Insane asylums in Bengal annual reports 1876-1887 - 1876-1887
Year: 1876
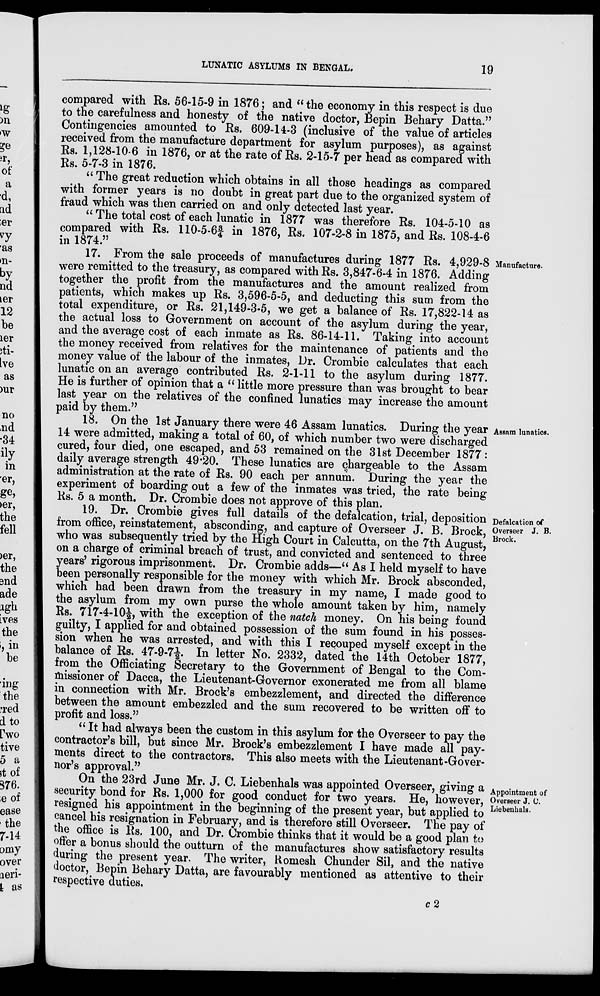
LUNATIC ASYLUMS IN BENGAL.
19
compared with Rs. 56-15-9 in 1876; and " the economy in this respect is due
to the carefulness and honesty of the native doctor, Bepin Behary Datta."
Contingencies amounted to Rs. 609-14-3 (inclusive of the value of articles
received from the manufacture department for asylum purposes), as against
Rs. 1,128-10-6 in 1876, or at the rate of Rs. 2-15-7 per head as compared with
Rs. 5-7-3 in 1876.
" The great reduction which obtains in all those headings as compared
with former years is no doubt in great part due to the organized system of
fraud which was then carried on and only detected last year.
" The total cost of each lunatic in 1877 was therefore Rs. 104-5-10 as
compared with Rs. 110-5-6¾ in 1876, Rs. 107-2-8 in 1875, and Rs. 108-4-6
in 1874."
Manufacture.
17. From the sale proceeds of manufactures during 1877 Rs. 4,929-8
were remitted to the treasury, as compared with Rs. 3,847-6-4 in 1876. Adding
together the profit from the manufactures and the amount realized from
patients, which makes up Rs. 3,596-5-5, and deducting this sum from the
total expenditure, or Rs. 21,149-3-5, we get a balance of Rs. 17,822-14 as
the actual loss to Government on account of the asylum during the year,
and the average cost of each inmate as Rs. 86-14-11. Taking into account
the money received from relatives for the maintenance of patients and the
money value of the labour of the inmates, Dr. Crombie calculates that each
lunatic on an average contributed Rs. 2-1-11 to the asylum during 1877.
He is further of opinion that a " little more pressure than was brought to bear
last year on the relatives of the confined lunatics may increase the amount
paid by them."
Assam lunatics.
18. On the 1st January there were 46 Assam lunatics. During the year
14 were admitted, making a total of 60, of which number two were discharged
cured, four died, one escaped, and 53 remained on the 31st December 1877:
daily average strength 49.20. These lunatics are chargeable to the Assam
administration at the rate of Rs. 90 each per annum. During the year the
experiment of boarding out a few of the inmates was tried, the rate being
Rs. 5 a month. Dr. Crombie does not approve of this plan.
Defalcation of
Overseer J. B.
Brock.
19. Dr. Crombie gives full datails of the defalcation, trial, deposition
from office, reinstatement, absconding, and capture of Overseer J. B. Brock,
who was subsequently tried by the High Court in Calcutta, on the 7th August,
on a charge of criminal breach of trust, and convicted and sentenced to three
years' rigorous imprisonment. Dr. Crombie adds—" As I held myself to have
been personally responsible for the money with which Mr. Brock absconded,
which had been drawn from the treasury in my name, I made good to
the asylum from my own purse the whole amount taken by him, namely
Rs. 717-4-10½, with the exception of the natch money. On his being found
guilty, I applied for and obtained possession of the sum found in his posses-
sion when he was arrested, and with this I recouped myself except in the
balance of Rs. 47-9-7½. In letter No. 2332, dated the 14th October 1877,
from the Officiating Secretary to the Government of Bengal to the Com-
missioner of Dacca, the Lieutenant-Governor exonerated me from all blame
in connection with Mr. Brock's embezzlement, and directed the difference
between the amount embezzled and the sum recovered to be written off to
profit and loss."
" It had always been the custom in this asylum for the Overseer to pay the
contractor's bill, but since Mr. Brock's embezzlement I have made all pay-
ments direct to the contractors. This also meets with the Lieutenant-Gover-
nor's approval."
Appointment of
Overseer J. C.
Liebenhals.
On the 23rd June Mr. J. C. Liebenhals was appointed Overseer, giving a
security bond for Rs. 1,000 for good conduct for two years. He, however,
resigned his appointment in the beginning of the present year, but applied to
cancel his resignation in February, and is therefore still Overseer. The pay of
the office is Rs. 100, and Dr. Crombie thinks that it would be a good plan to
offer a bonus should the outturn of the manufactures show satisfactory results
during the present year. The writer, Romesh Chunder Sil, and the native
doctor, Bepin Behary Datta, are favourably mentioned as attentive to their
respective duties.
c 2